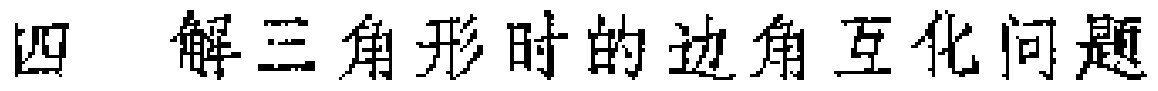
四 解三角形时的边角互化问题